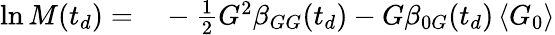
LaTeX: \begin{array}{rl}{\ln M(t_{d})=}&{{}-\frac{1}{2}G^{2}\beta_{GG}(t_{d})-G\beta_{0G}(t_{d})\left\langle G_{0}\right\rangle}\end{array}